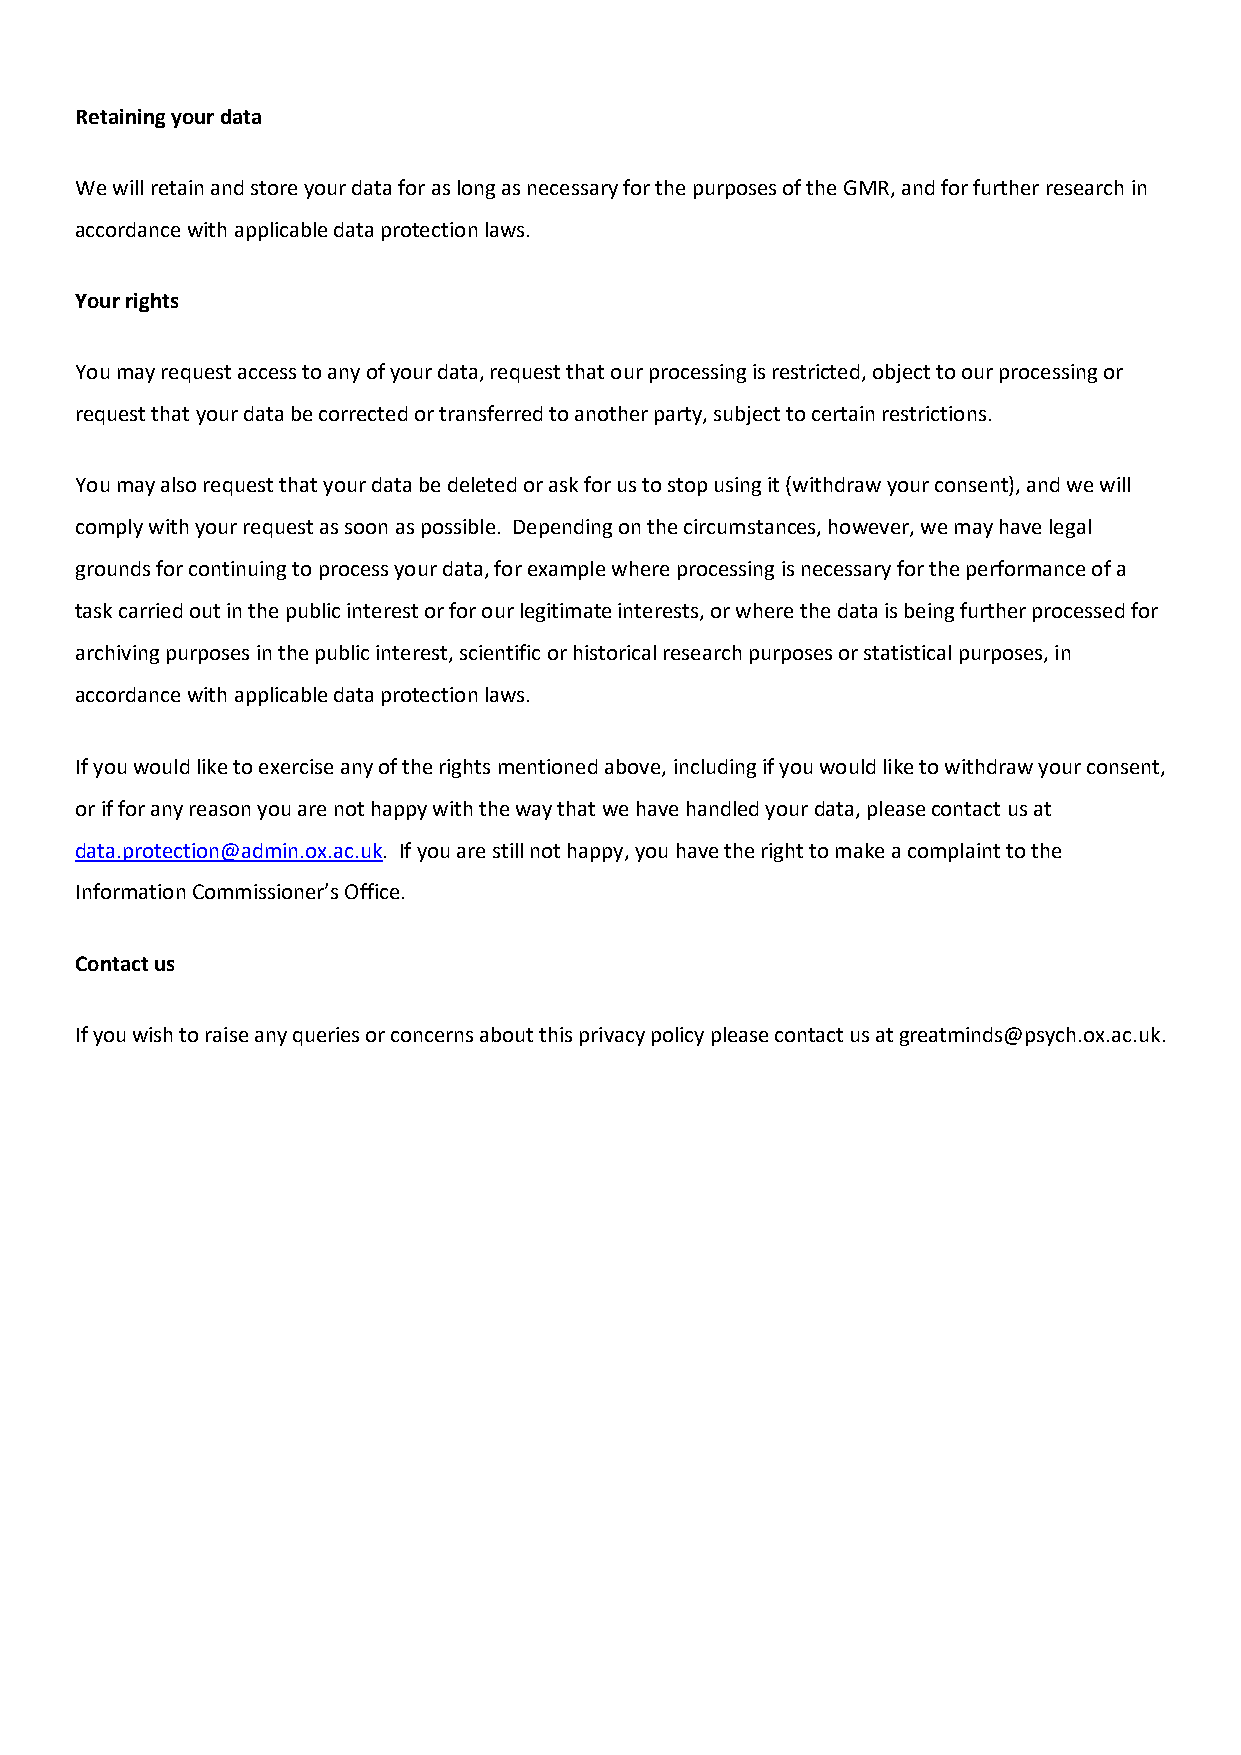
Retaining your data
 We will retain and store your data for as long as necessary for the purposes of the GMR, and for further research in
 accordance with applicable data protection laws.
 Your rights
 You may request access to any of your data, request that our processing is restricted, object to our processing or
 request that your data be corrected or transferred to another party, subject to certain restrictions.
 You may also request that your data be deleted or ask for us to stop using it (withdraw your consent), and we will
 comply with your request as soon as possible. Depending on the circumstances, however, we may have legal
 grounds for continuing to process your data, for example where processing is necessary for the performance of a
 task carried out in the public interest or for our legitimate interests, or where the data is being further processed for
 archiving purposes in the public interest, scientific or historical research purposes or statistical purposes, in
 accordance with applicable data protection laws.
 If you would like to exercise any of the rights mentioned above, including if you would like to withdraw your consent,
 or if for any reason you are not happy with the way that we have handled your data, please contact us at
 data.protection@admin.ox.ac.uk. If you are still not happy, you have the right to make a complaint to the
 Information Commissioner’s Office.
 Contact us
 If you wish to raise any queries or concerns about this privacy policy please contact us at greatminds@psych.ox.ac.uk.